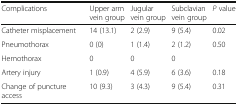
<table><thead><tr><td><b>Complications</b></td><td><b>Upper arm vein group</b></td><td><b>Jugular vein group</b></td><td><b>Subclavian vein group</b></td><td><b><i>P</i> value</b></td></tr></thead><tbody><tr><td>Catheter misplacement</td><td>14 (13.1)</td><td>2 (2.9)</td><td>9 (5.4)</td><td>0.02</td></tr><tr><td>Pneumothorax</td><td>0 (0)</td><td>1 (1.4)</td><td>2 (1.2)</td><td>0.50</td></tr><tr><td>Hemothorax</td><td>0</td><td>0</td><td>0</td><td></td></tr><tr><td>Artery injury</td><td>1 (0.9)</td><td>4 (5.9)</td><td>6 (3.6)</td><td>0.18</td></tr><tr><td>Change of puncture access</td><td>10 (9.3)</td><td>3 (4.3)</td><td>9 (5.4)</td><td>0.31</td></tr></tbody></table>